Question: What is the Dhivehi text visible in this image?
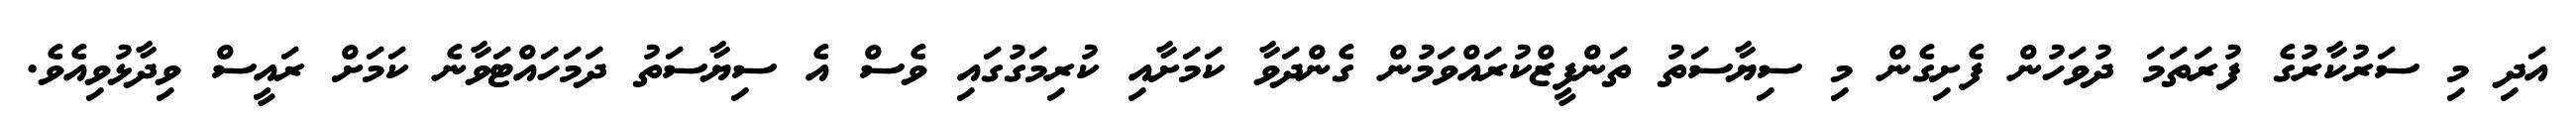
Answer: އަދި މި ސަރުކާރުގެ ފުރަތަމަ ދުވަހުން ފެށިގެން މި ސިޔާސަތު ތަންފީޒްކުރައްވަމުން ގެންދަވާ ކަމަށާއި ކުރިމަގުގައި ވެސް އެ ސިޔާސަތު ދަމަހައްޓަވާނެ ކަމަށް ރައީސް ވިދާޅުވިއެވެ.